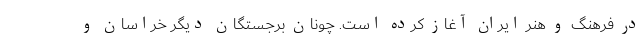
در فرهنگ و هنر ایران آغاز کرده است. چونان برجستگان دیگر خراسان و